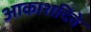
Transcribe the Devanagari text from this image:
आकाशदिवे